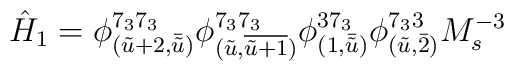
\hat{H}_1=\phi^{7_3 7_3}_{(\tilde{u}+2,\bar{\tilde{u}})}\phi^{7_37_3}_{(\tilde{u},\overline{\tilde{u}+1})}\phi^{3 7_3}_{(1,\bar{\tilde{u}})}\phi^{7_3 3}_{(\tilde{u},\bar{2})} M_s^{-3}